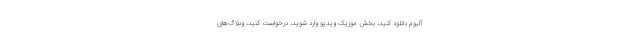
آلبوم دانلود کنید، بخش موزیک ویدیو وارد شوید، درخواست کنید، وبلاگ‌های